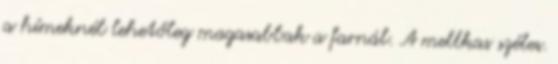
a hímeknél lehetőleg magasabbak a farnál. A mellkas széles.